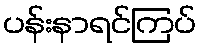
ပန်းနာရင်ကြပ်